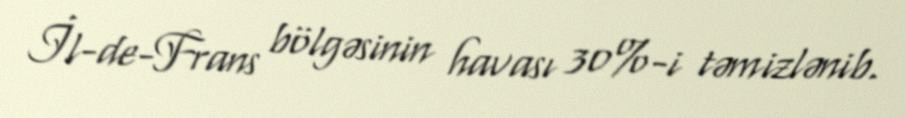
İl-de-Frans bölgəsinin havası 30%-i təmizlənib.